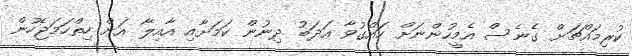
ކުރިމައްޗަށް ގެނެސް އެމީހުންނަށް ހައްގުވާ އަދަބު ދިނުން ކަމަށާއި އާއިލާ އަށް ހިތްހަމަޖެހުން